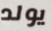
يولد